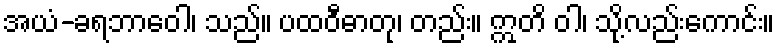
အယံ-ခရဘာဝေါ၊ သည်။ ပထဝီဓာတု၊ တည်း။ ဣတိ ဝါ၊ သို့လည်းကောင်း။